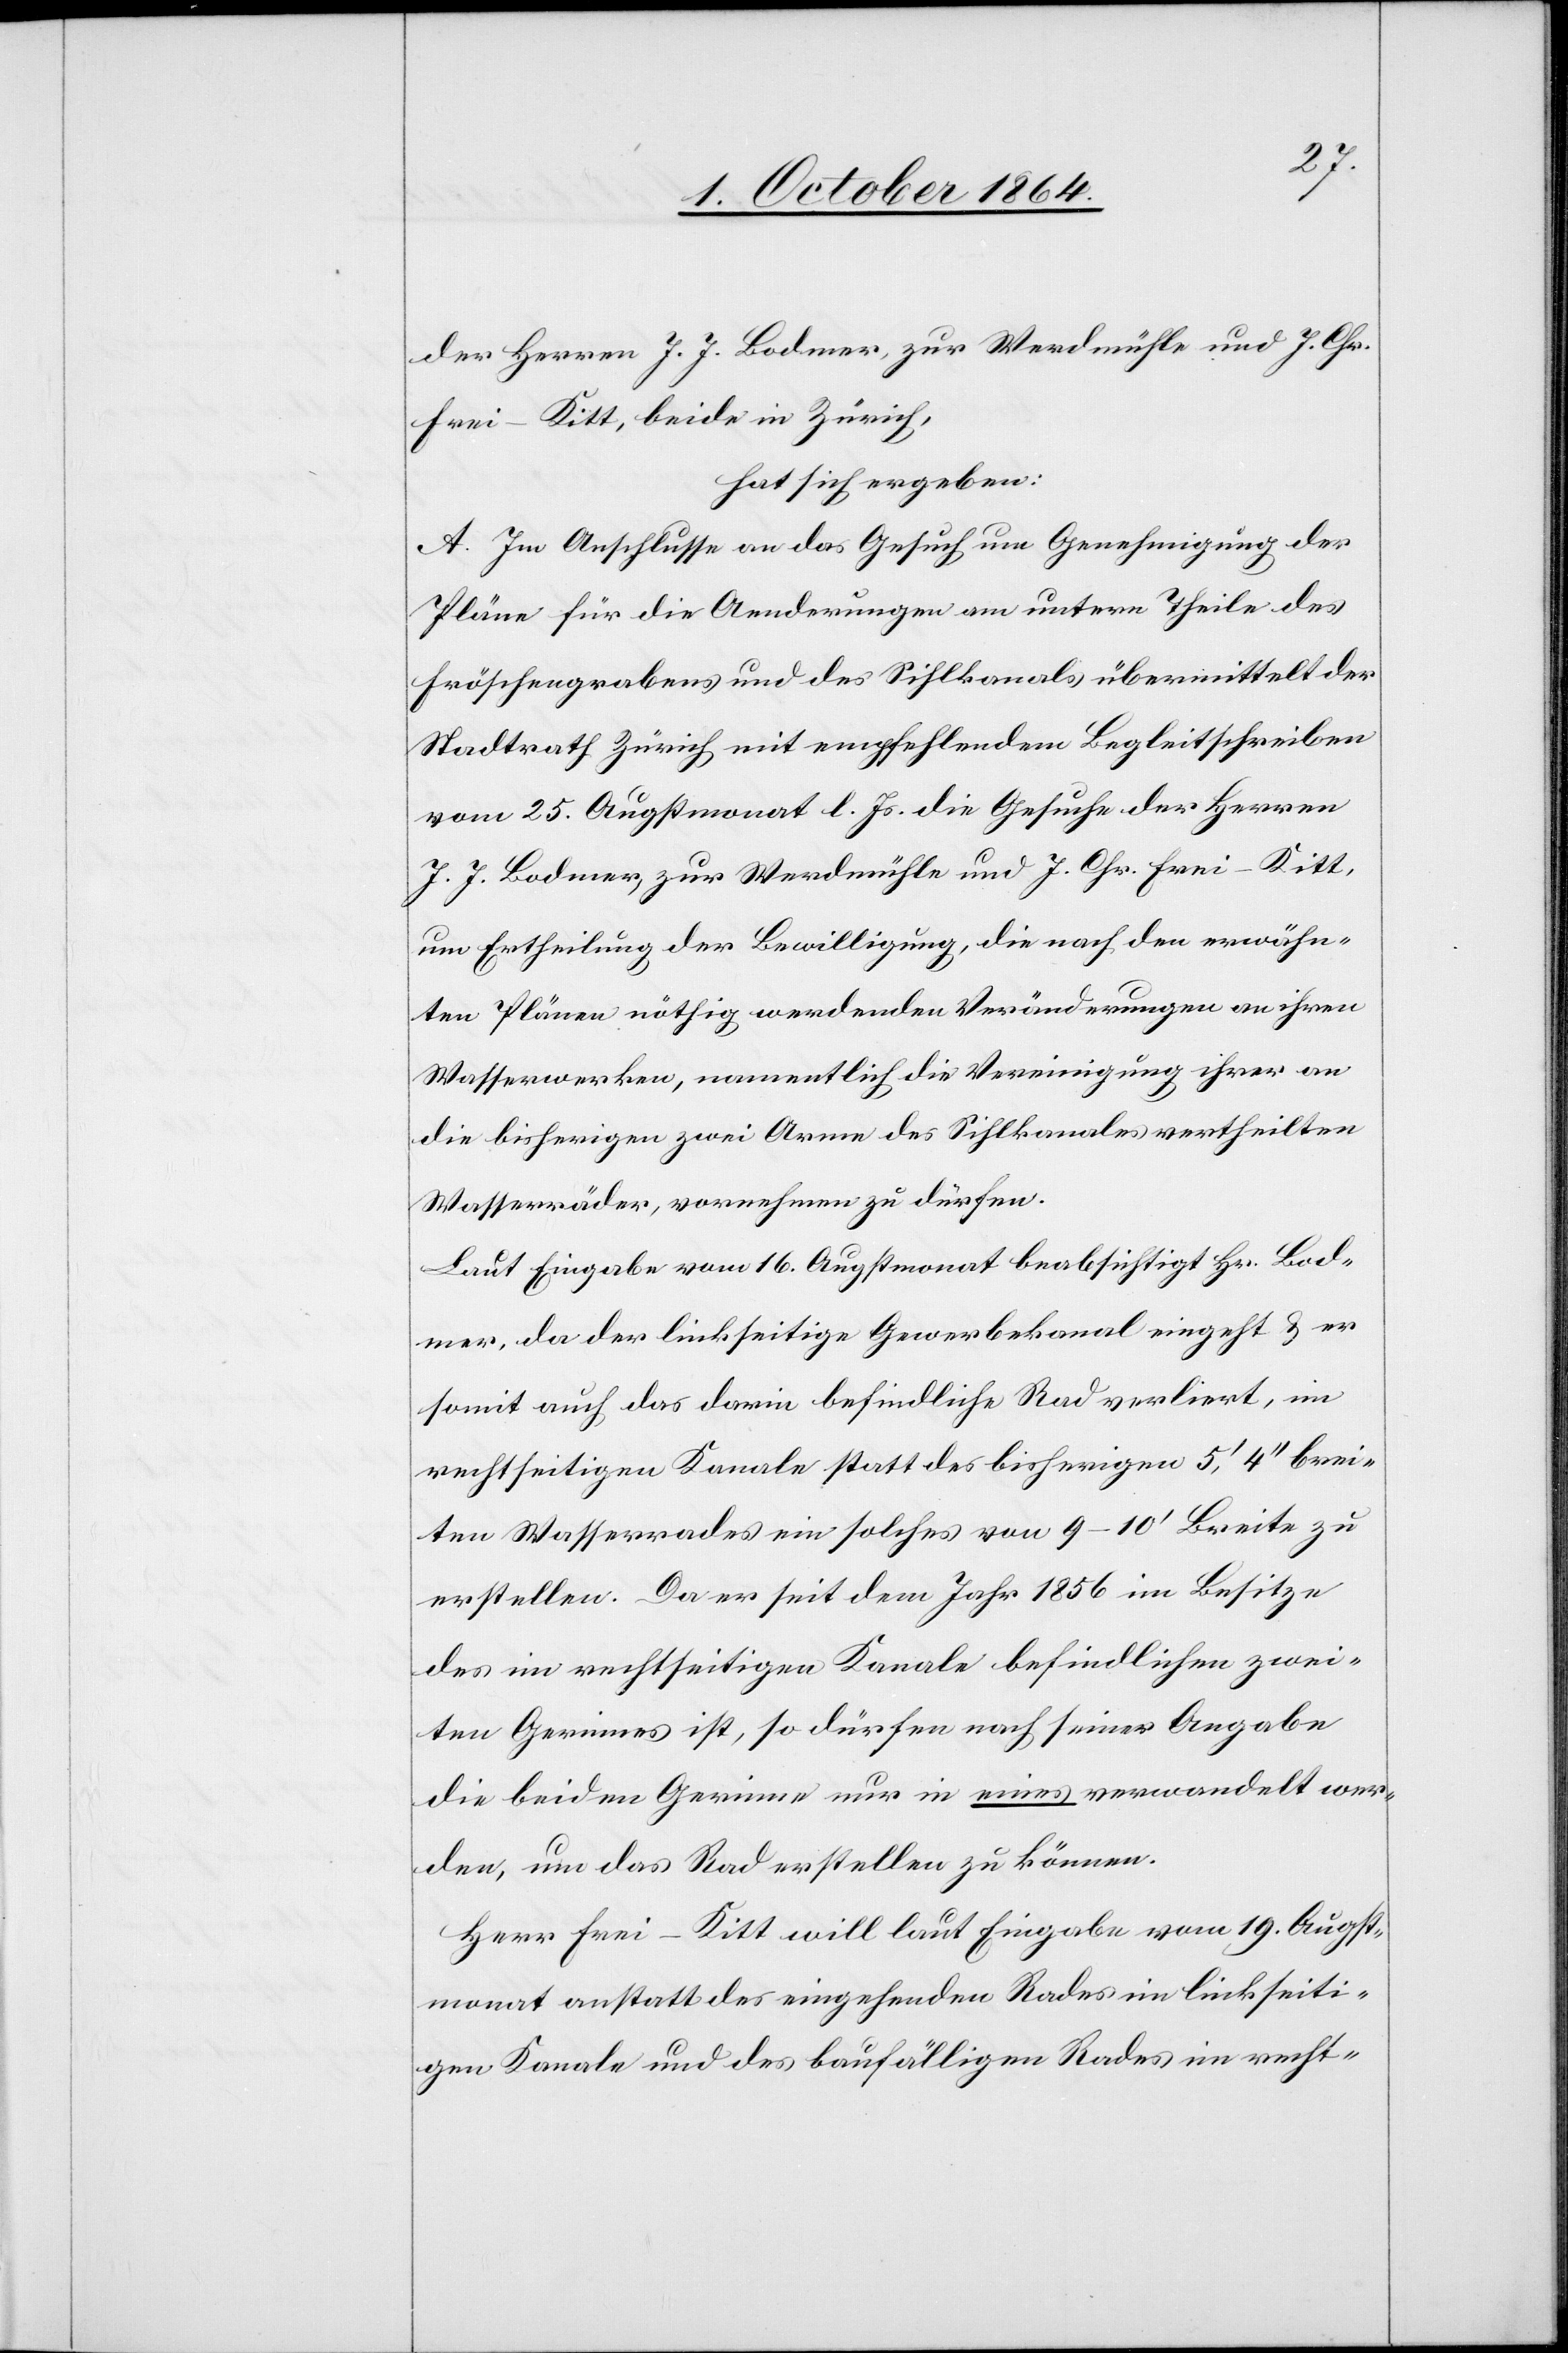
der Herren J. J. Bodmer, zur Werdmühle und J. Chr.
Frei-Kitt, beide in Zürich,
hat sich ergeben:
A. Im Anschlusse an das Gesuch um Genehmigung der
Pläne für die Aenderungen am untern Theile des
Fröschengrabens und des Sihlkanals übermittelt der
Stadtrath Zürich mit empfehlendem Begleitschreiben
vom 25. Augstmonat l. Js. die Gesuche der Herren
J. J. Bodmer, zur Werdmühle und J. Chr. Frei-Kitt,
um Ertheilung der Bewilligung, die nach den erwähn¬
ten Plänen nöthig werdenden Veränderungen an ihren
Wasserwerken, namentlich die Vereinigung ihrer an
die bisherigen zwei Arme des Sihlkanales vertheilten
Wasserräder, vornehmen zu dürfen.
Laut Eingabe vom 16. Augstmonat beabsichtigt Hr. Bod¬
mer, da der linksseitige Gewerbekanal eingeht & er
somit auch das darin befindliche Rad verliert, im
rechtseitigen Kanale statt des bisherigen 5’ 4’’ brei¬
ten Wasserrades ein solches von 9–10’ Breite zu
erstellen. Da er seit dem Jahr 1856 im Besitze
des im rechtseitigen Kanale befindlichen zwei¬
ten Gerinnes ist, so dürfen nach seiner Angabe
die beiden Gerinne nur in eines verwandelt wer¬
den, um das Rad erstellen zu können.
Herr Frei-Kitt will laut Eingabe vom 19. Augst¬
monat anstatt des eingehenden Rades im linkseiti¬
gen Kanale und des baufälligen Rades im recht-